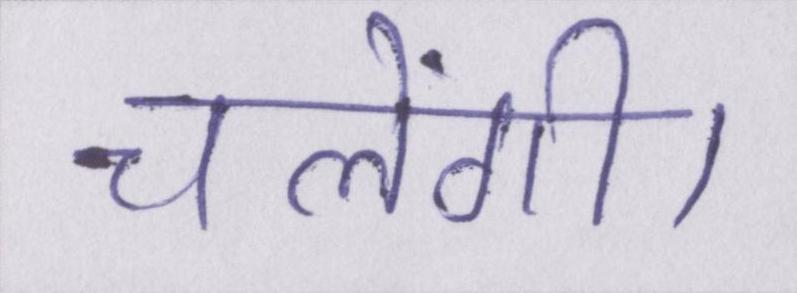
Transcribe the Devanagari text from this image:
चलेंगी।